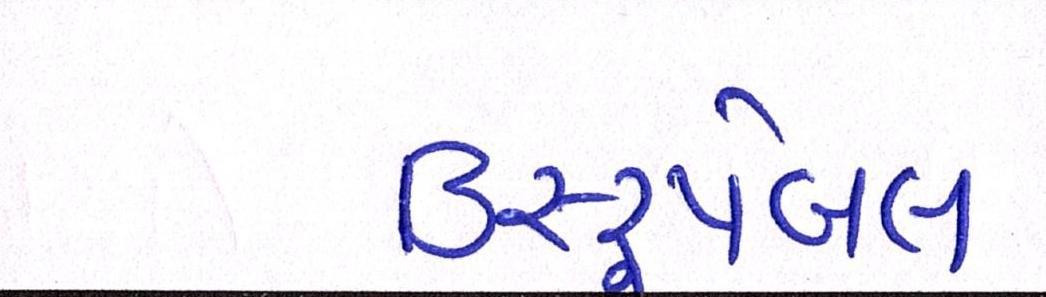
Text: ડિસ્ટ્રપેબલ